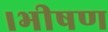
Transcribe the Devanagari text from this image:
।भीषण